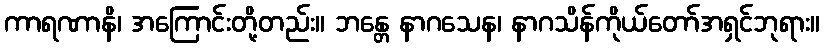
ကာရဏာနိ၊ အကြောင်းတို့တည်း။ ဘန္တေ နာဂသေန၊ နာဂသိန်ကိုယ်တော်အရှင်ဘုရား။